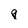
Character: q